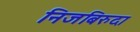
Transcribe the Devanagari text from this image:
निजबिरुदा